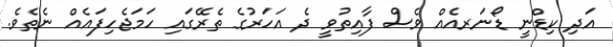
އަދި ކިޑްނީ ޑޯނަރއެއް ވެސް ފާއިތުވީ ދެ އަހަރުގެ ތެރޭގައި ހަމަޖެހިފައެއް ނެތެވެ.